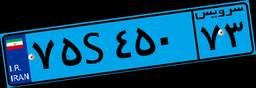
۷۵S۴۵۰۷۳